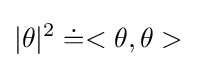
|\theta |^{2}\doteq <\theta ,\theta >